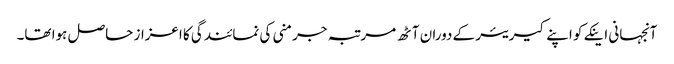
آنجہانی اینکے کو اپنے کیریئر کے دوران آٹھ مرتبہ جرمنی کی نمائندگی کا اعزاز حاصل ہوا تھا۔